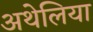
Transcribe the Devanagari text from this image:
अथेलिया